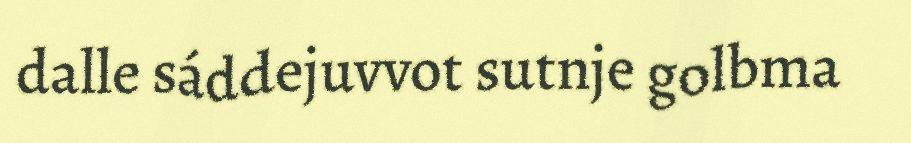
dalle sáddejuvvot sutnje golbma